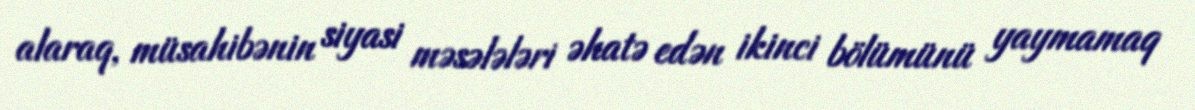
alaraq, müsahibənin siyasi məsələləri əhatə edən ikinci bölümünü yaymamaq